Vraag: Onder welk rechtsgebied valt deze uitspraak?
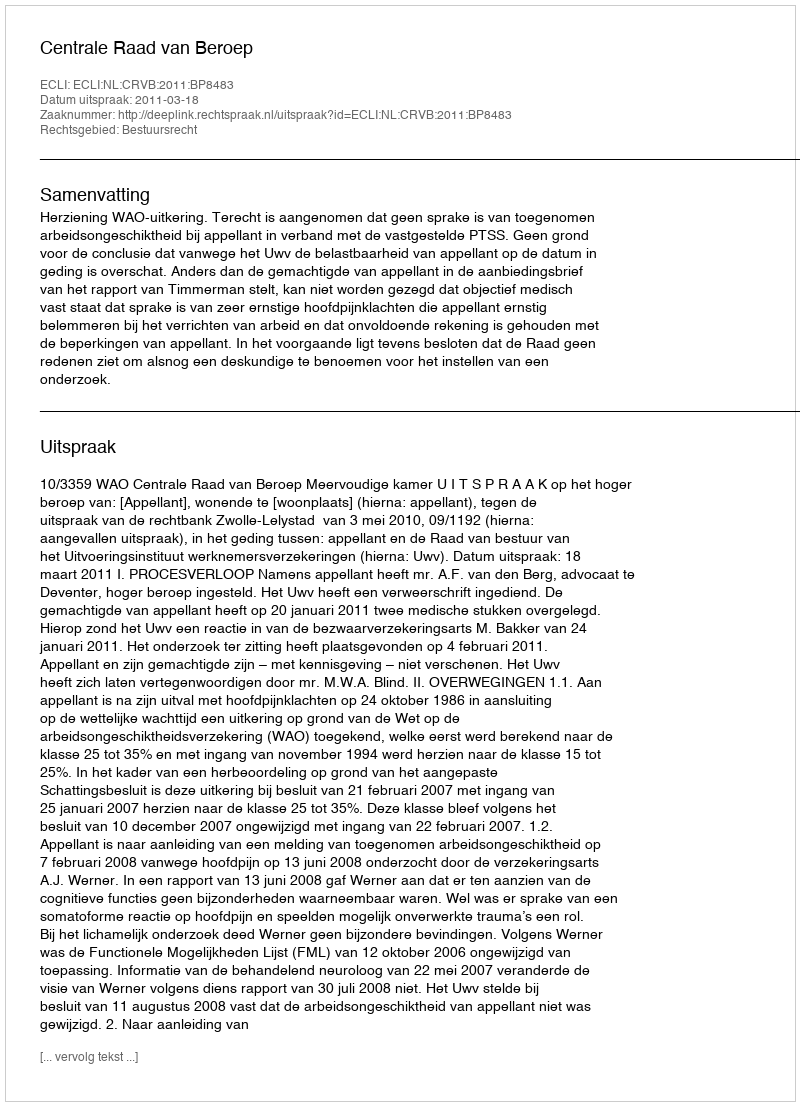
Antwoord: Bestuursrecht